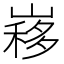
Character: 𡻣